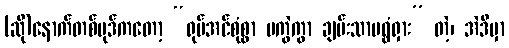
(ဆို)နောက်တစ်ပုဒ်ကတော့ “ရုပ်အင်စုံစွာ မကွဲကွာ ချမ်းသာမရွံရှား” တဲ့၊ အဲဒီမှာ